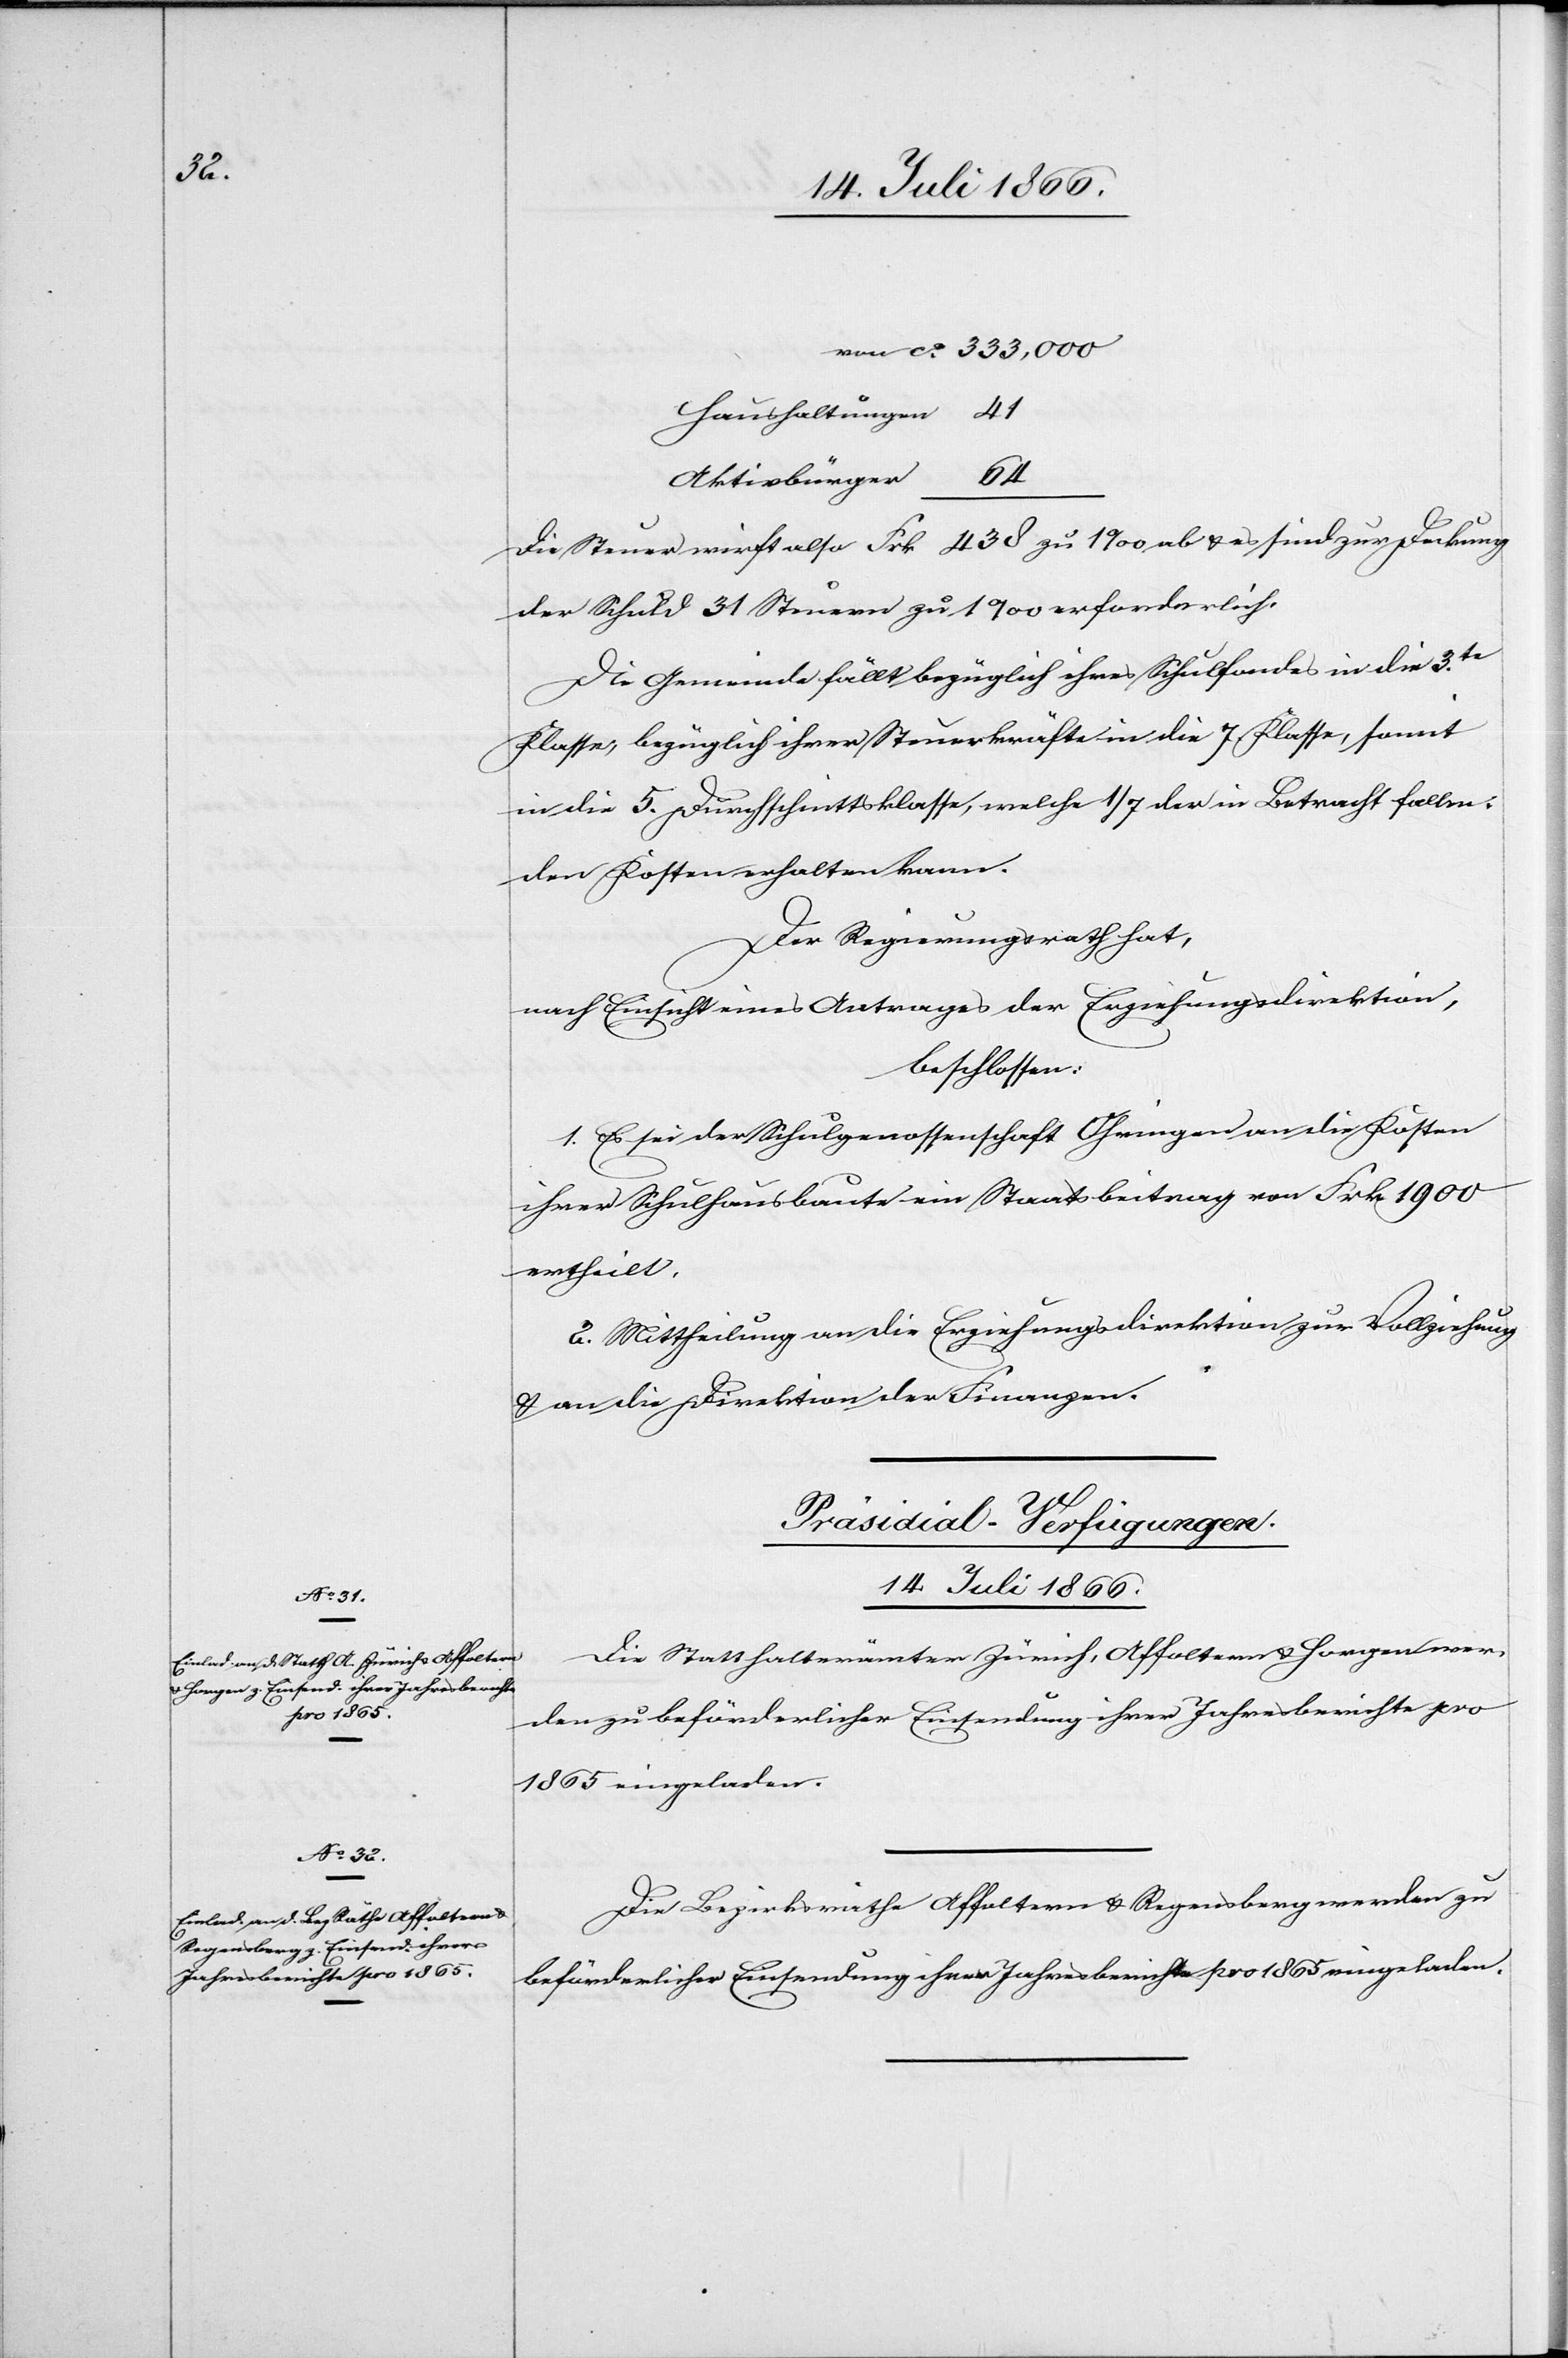
u.

14. Juli 1866.]
Haushaltungen
438
Aktivbürger
der Schuld 31 Steuern zu 1 ‰ erforderlich.
Die Gemeinde fällt bezüglich ihres Schulfonds in die 3te.
Deckung
Klasse, bezüglich ihrer Steuerkräfte in die 7. Klasse, somit
in die 5. Durchschnittsklasse, welche 1/7 der in Betracht fallen¬
den Kosten erhalten kann.
Der Regierungsrath hat,
nach Einsicht eines Antrages der Erziehungsdirektion,
beschlossen:
1. Es sei der Schulgenossenschaft Ohringen an die Kosten
ihrer Schulhausbaute ein Staatsbeitrag von Frk. 1900
ertheilt.
2. Mittheilung an die Erziehungsdirektion zur Vollziehung
u. an die Direktion der Finanzen.
[Präsidial-Verfügungen.
Die Statthalterämter Zürich, Affoltern u. Horgen wer¬
den zu beförderlicher Einsendung ihrer Jahresberichte pro
1865 eingeladen.
Die Bezirksräthe Affoltern u. Regensberg werden zu
beförderlicher Einsendung ihrer Jahresberichte pro 1865 eingeladen.